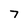
Character: 7